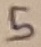
Text: 5